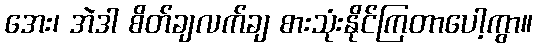
အေး၊ အဲဒါ စိတ်ချလက်ချ စားသုံးနိုင်ကြတာပေါ့ကွာ။